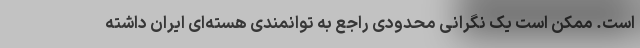
است. ممکن است یک نگرانی محدودی راجع به توانمندی هسته‌ای ایران داشته